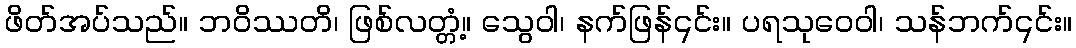
ဖိတ်အပ်သည်။ ဘဝိဿတိ၊ ဖြစ်လတ္တံ့။ သွေဝါ၊ နက်ဖြန်၎င်း။ ပရသုဝေဝါ၊ သန်ဘက်၎င်း။